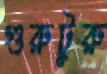
গুরুটুরু